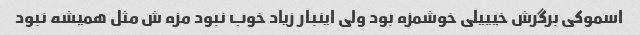
اسموکی برگرش خیییلی خوشمزه بود ولی اینبار زیاد خوب نبود مزه ش مثل همیشه نبود